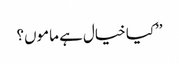
’’کیا خیال ہے ماموں؟